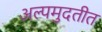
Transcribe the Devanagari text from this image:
अल्पमुदतीत